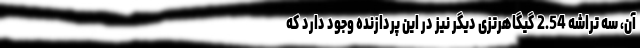
آن، سه تراشه 2.54 گیگاهرتزی دیگر نیز در این پردازنده وجود دارد که